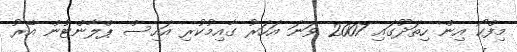
މިފްކޯ އިން ހިތަދޫގައި 2007 ވަނަ އަހަރު ގާއިމުކުރި އައިސް ޕްލާންޓުން އޭރު